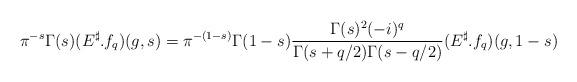
LaTeX: \begin{align*}\pi^{-s}\Gamma(s)(E^{\sharp}.f_{q})(g,s)=\pi^{-(1-s)}\Gamma(1-s)\frac{\Gamma(s)^{2}(-i)^{q}}{\Gamma(s+q/2)\Gamma(s-q/2)}(E^{\sharp}.f_{q})(g,1-s)\end{align*}